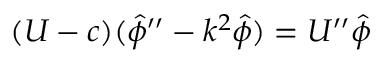
( U - c ) ( \hat { \phi } ^ { \prime \prime } - k ^ { 2 } \hat { \phi } ) = U ^ { \prime \prime } \hat { \phi }